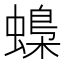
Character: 蟂